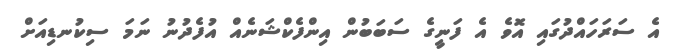
އެ ސަރަހައްދުގައި އޮވެ އެ ފަނީގެ ސަބަބުން އިންފެކްޝަނެއް އުފެދުނު ނަމަ ސިކުނޑިއަށް